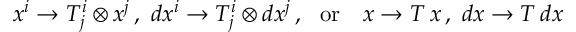
x ^ { i } \rightarrow T _ { j } ^ { i } \otimes x ^ { j } \, , \ d x ^ { i } \rightarrow T _ { j } ^ { i } \otimes d x ^ { j } \, , \ \ \mathrm { o r } \ \ \ x \rightarrow T \, x \, , \ d x \rightarrow T \, d x